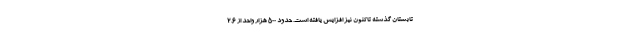
تابستان گذشته تاکنون نیز افزایش یافته است. حدود ۵۰۰ هزار واحد از ۲.۶